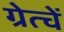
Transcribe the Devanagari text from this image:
ग्रेत्चें